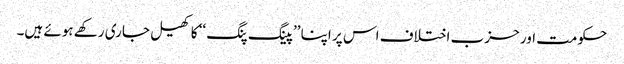
حکومت اور حزب اختلاف اس پر اپنا ’’پینگ پنگ ‘‘ کا کھیل جاری رکھے ہوئے ہیں۔